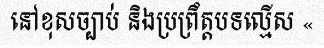
នៅខុសច្បាប់ និងប្រព្រឹត្តបទល្មើស «